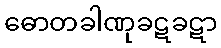
ဓောတခါဏုခဋခဋာ